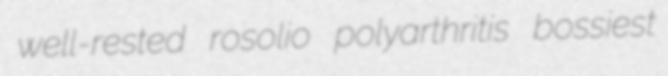
well-rested rosolio polyarthritis bossiest